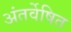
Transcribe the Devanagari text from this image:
अंतर्वेषित